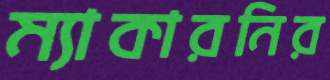
ম্যাকারনির